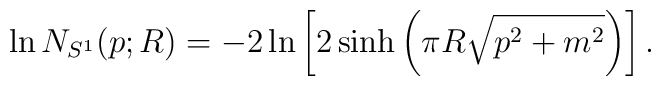
\ln N_{S^1}(p;R) = -2\ln\left[2\sinh\left(\pi R\sqrt{p^2+m^2}\right)\right].